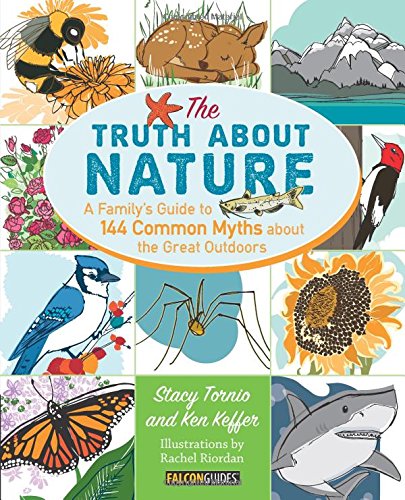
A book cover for Truth About Nature: A Family's Guide to 144 Common Myths about the Great Outdoors; Stacy Tornio; Reference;